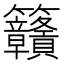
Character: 𥸡